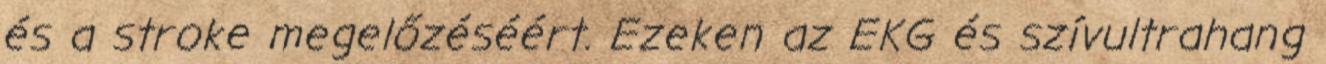
és a stroke megelőzéséért. Ezeken az EKG és szívultrahang